Lunatic asylums Central Provinces reports 1910-1926 - 1910-1926
Year: 1910
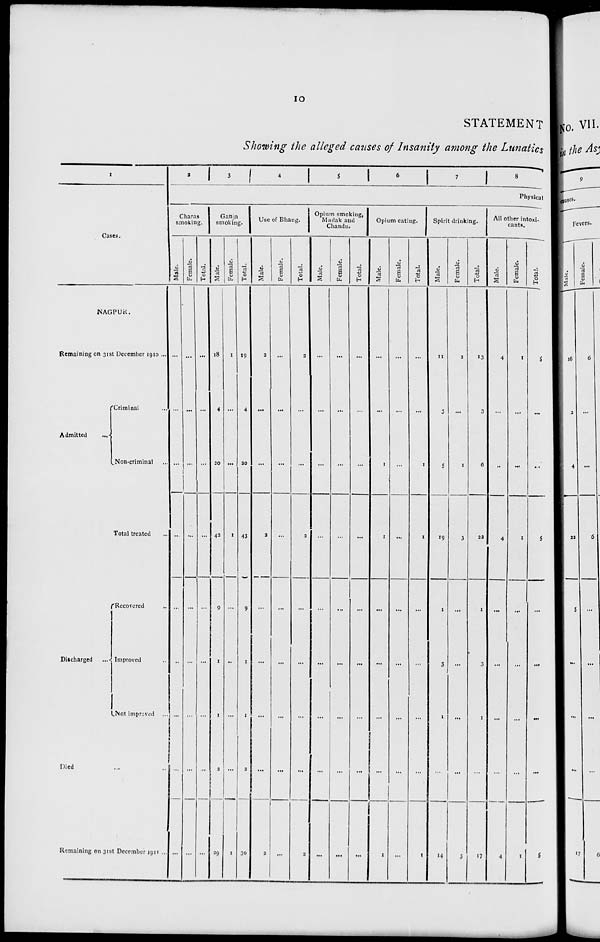
10
STATEMENT
Showing the alleged causes of Insanity among the Lunatics
1
Cases.
NAGPUR.
Remaining on 31st December 1910 ...
Admitted
Criminal ...
Non-criminal ...
Total treated ...
Discharged
...
Recovered
...
Improved ...
Not improved ...
Died ... ...
Remaining on 31st December 1911 ...
2
3
4
5
6
7
8
Physical
Charas
smoking.
Male.
...
...
...
...
...
...
...
...
...
Female.
...
...
...
...
...
...
...
...
...
Total.
...
...
...
...
...
...
...
...
...
Ganja
smoking.
Male.
18
4
20
42
9
1
1
2
29
Female.
1
...
...
1
...
...
...
...
1
Total.
19
4
20
43
9
1
1
2
30
Use of Bhang.
Male.
2
...
...
2
...
...
...
...
2
Female.
...
...
...
...
...
...
...
...
...
Total.
2
...
...
2
...
...
...
...
2
Opium smoking,
Madak and
Chandu.
Male.
...
...
...
...
...
...
...
...
...
Female.
...
...
...
...
...
...
...
...
...
Total.
...
...
...
...
...
...
...
...
...
Opium eating.
Male.
...
...
1
1
...
...
...
...
1
Female.
...
...
...
...
...
...
...
...
...
Total.
...
...
1
1
...
...
...
...
1
Spirit drinking.
Male.
11
3
5
19
1
3
1
...
14
Female.
2
...
1
3
...
...
...
...
3
Total.
13
3
6
22
1
3
1
...
17
All other intoxi-
cants.
Male.
4
...
...
4
...
...
...
...
4
Female.
1
...
...
1
...
...
...
...
1
Total.
5
...
...
5
...
...
...
...
5